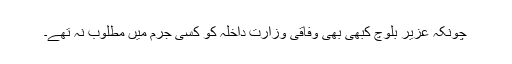
چونکہ عزیر بلوچ کبھی بھی وفاقی وزارتِ داخلہ کو کسی جرم میں مطلوب نہ تھے۔